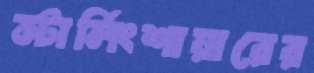
স্টার্লিংশায়ারের